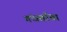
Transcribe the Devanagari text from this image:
गंधर्वाचा